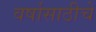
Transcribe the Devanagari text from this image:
वर्षासाठीचे